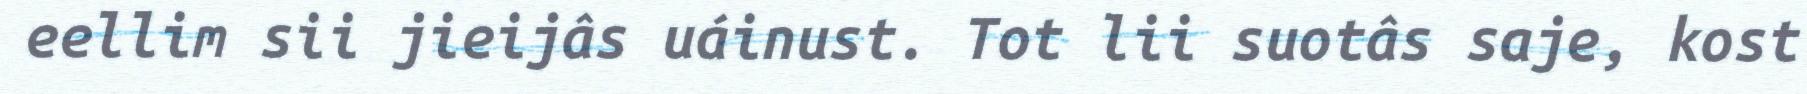
eellim sii jieijâs uáinust. Tot lii suotâs saje, kost